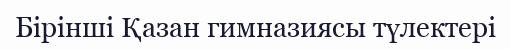
Бірінші Қазан гимназиясы түлектері